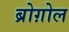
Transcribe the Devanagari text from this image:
ब्रोग़ोल